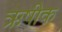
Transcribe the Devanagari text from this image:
ऋषीक